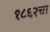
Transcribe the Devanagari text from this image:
१८६२चा